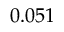
0 . 0 5 1